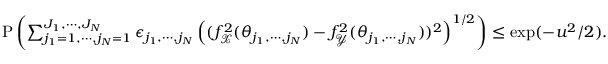
\begin{array} { r } { \mathrm { P } \left( \sum _ { j _ { 1 } = 1 , \cdots , j _ { N } = 1 } ^ { J _ { 1 } , \cdots , J _ { N } } \epsilon _ { j _ { 1 } , \cdots , j _ { N } } \left( ( f _ { \mathcal { X } } ^ { 2 } ( \theta _ { j _ { 1 } , \cdots , j _ { N } } ) - f _ { \mathcal { Y } } ^ { 2 } ( \theta _ { j _ { 1 } , \cdots , j _ { N } } ) ) ^ { 2 } \right) ^ { 1 / 2 } \right) \leq \exp ( - u ^ { 2 } / 2 ) . } \end{array}